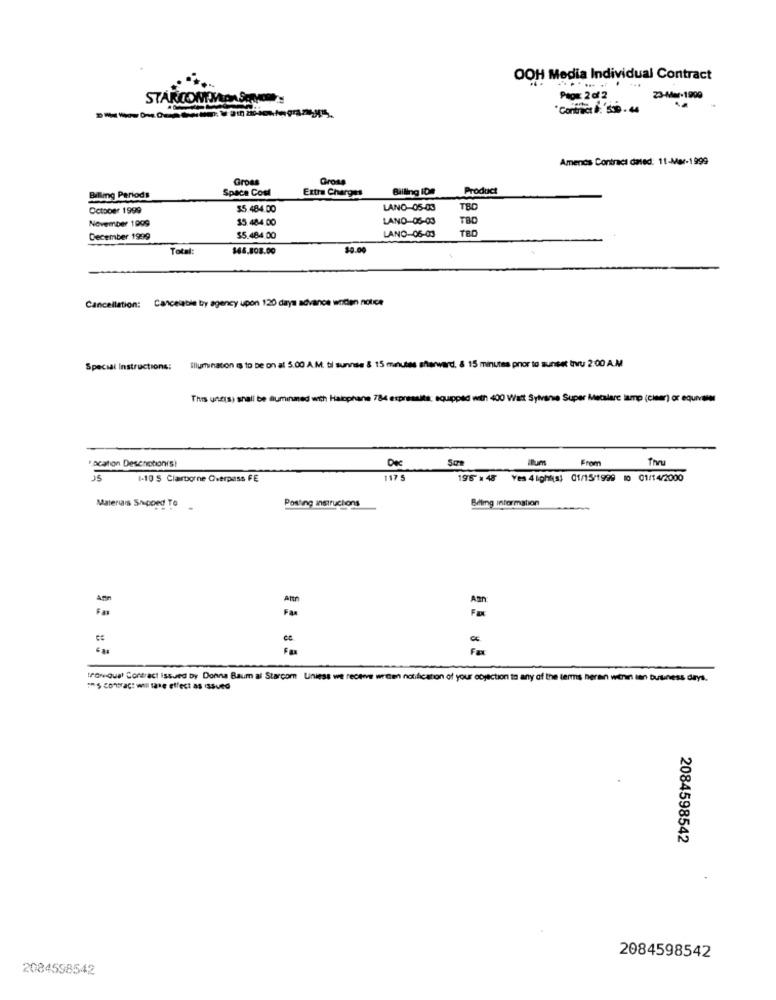
OOH Media Individual Contract
STARCOMMON SALON
Peor: 2 of 2
23-Mar-1999
Contract 6: 350. 46
Amends Contract dated: 11-Mar-1999
Gross
Gross
Space Cost
Extra Charges
Billing IDA
Product
Billing Periods
October 1999
$5.484.00
LANO-05-03
TBD
November 1999
15. 484.00
LAND-05-03
TBD
TBD
December 1999
$5.484.00
LANO-06-03
Total
$66.808.00
$0.00
Cancelable by agency upon 120 days advance wnden notice
Cancellation:
Special Instructions:
Illumination is to be on al 5.00 A.M. bl sunrise & 15 minutes sharward. & 15 minutes prior to sunset Ivu 2:00 A.M
This uneis) shall be auminmed with Halophane 784 expresalla: equipped with 400 Watt Sylvania Super Metalare lamp (cheer) or equivale
vacation Deserotonis)
Dec
Ilum
From
Thru
JS
1-10 $ Clairtorne Overpass FE
1175
195 48 Ves 4 lights: 01/15/1999 10 01/14/2000
Posting instructions
Billing information
Materiais Shipped To
An
Am
6 gr
FE
troviqual Contract issued by Donna Baum al Starcom Uniess we receive weeen notification of your objection to any of the terms heran within sen business days.
** 5 contract will take effect as issued
2084598542
2084598542
2084598542